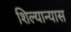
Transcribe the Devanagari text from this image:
शिल्यान्यास